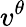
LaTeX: v^{\theta}